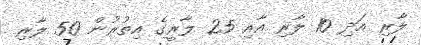
ލާރި އަދި 10 ލާރި އާއި 25 ލާރީގެ އިތުރުން 50 ލާރި